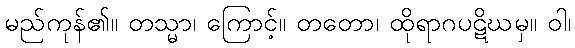
မည်ကုန်၏။ တသ္မာ၊ ကြောင့်။ တတော၊ ထိုရာဂပဋိဃမှ။ ဝါ၊